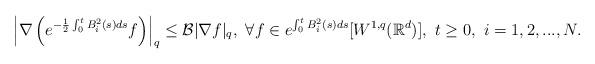
LaTeX: \begin{align*}\left|\nabla\left(e^{-\frac{1}{2}\int_0^tB_i^2(s)ds}f\right)\right|_q\leq \mathcal{B} |\nabla f|_q,\ \forall f\in e^{\int_0^tB_i^2(s)ds}[W^{1,q}(\mathbb{R}^d)],\ t\geq0,\ i=1,2,...,N.\end{align*}